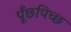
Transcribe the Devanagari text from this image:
पूँछपिच्छ